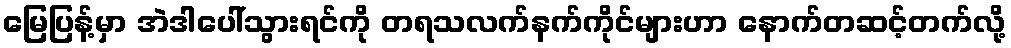
မြေပြန့်မှာ အဲဒါပေါ်သွားရင်ကို တရသလက်နက်ကိုင်များဟာ နောက်တဆင့်တက်လို့